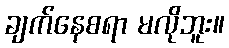
ချက်နေစရာ မလိုဘူး။